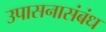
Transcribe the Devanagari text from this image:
उपासनासंबंध